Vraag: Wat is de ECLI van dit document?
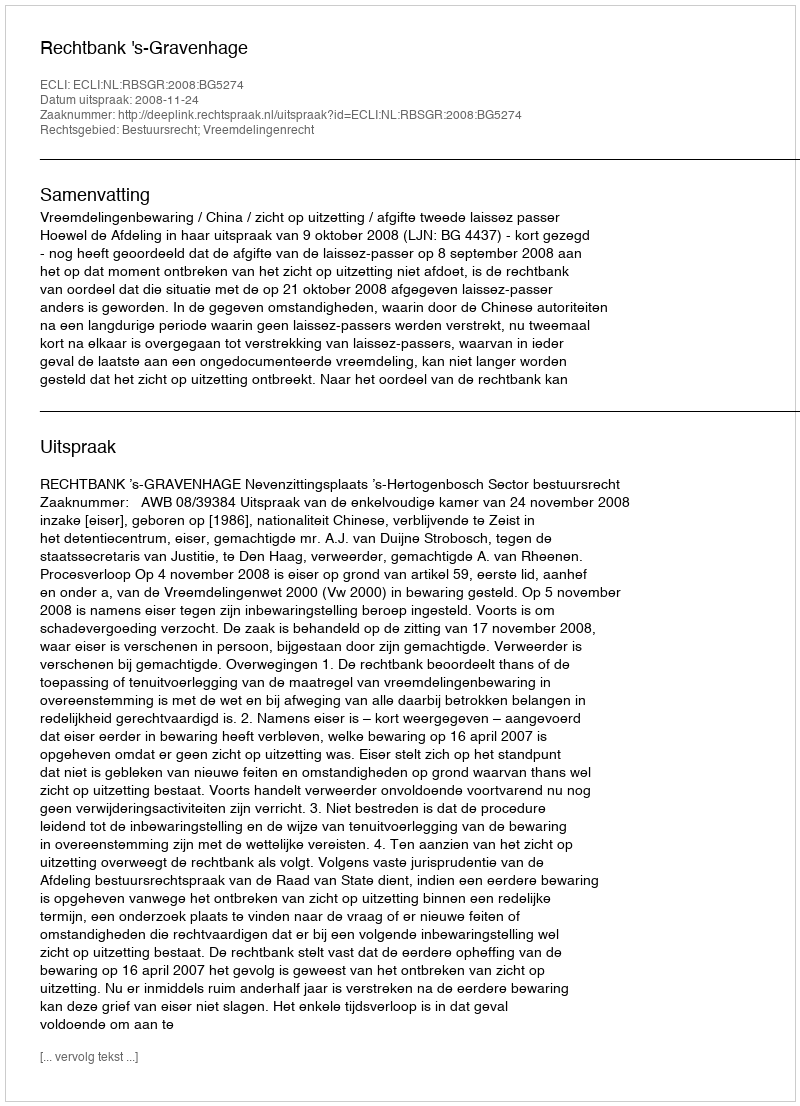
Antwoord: ECLI:NL:RBSGR:2008:BG5274